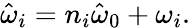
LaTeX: \hat{\omega}_{i}=n_{i}\hat{\omega}_{0}+\omega_{i}.